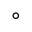
^ { \circ }